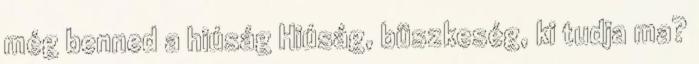
még benned a hiúság Hiúság, büszkeség, ki tudja ma?